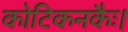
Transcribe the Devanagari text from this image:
कोटिकनकैः।